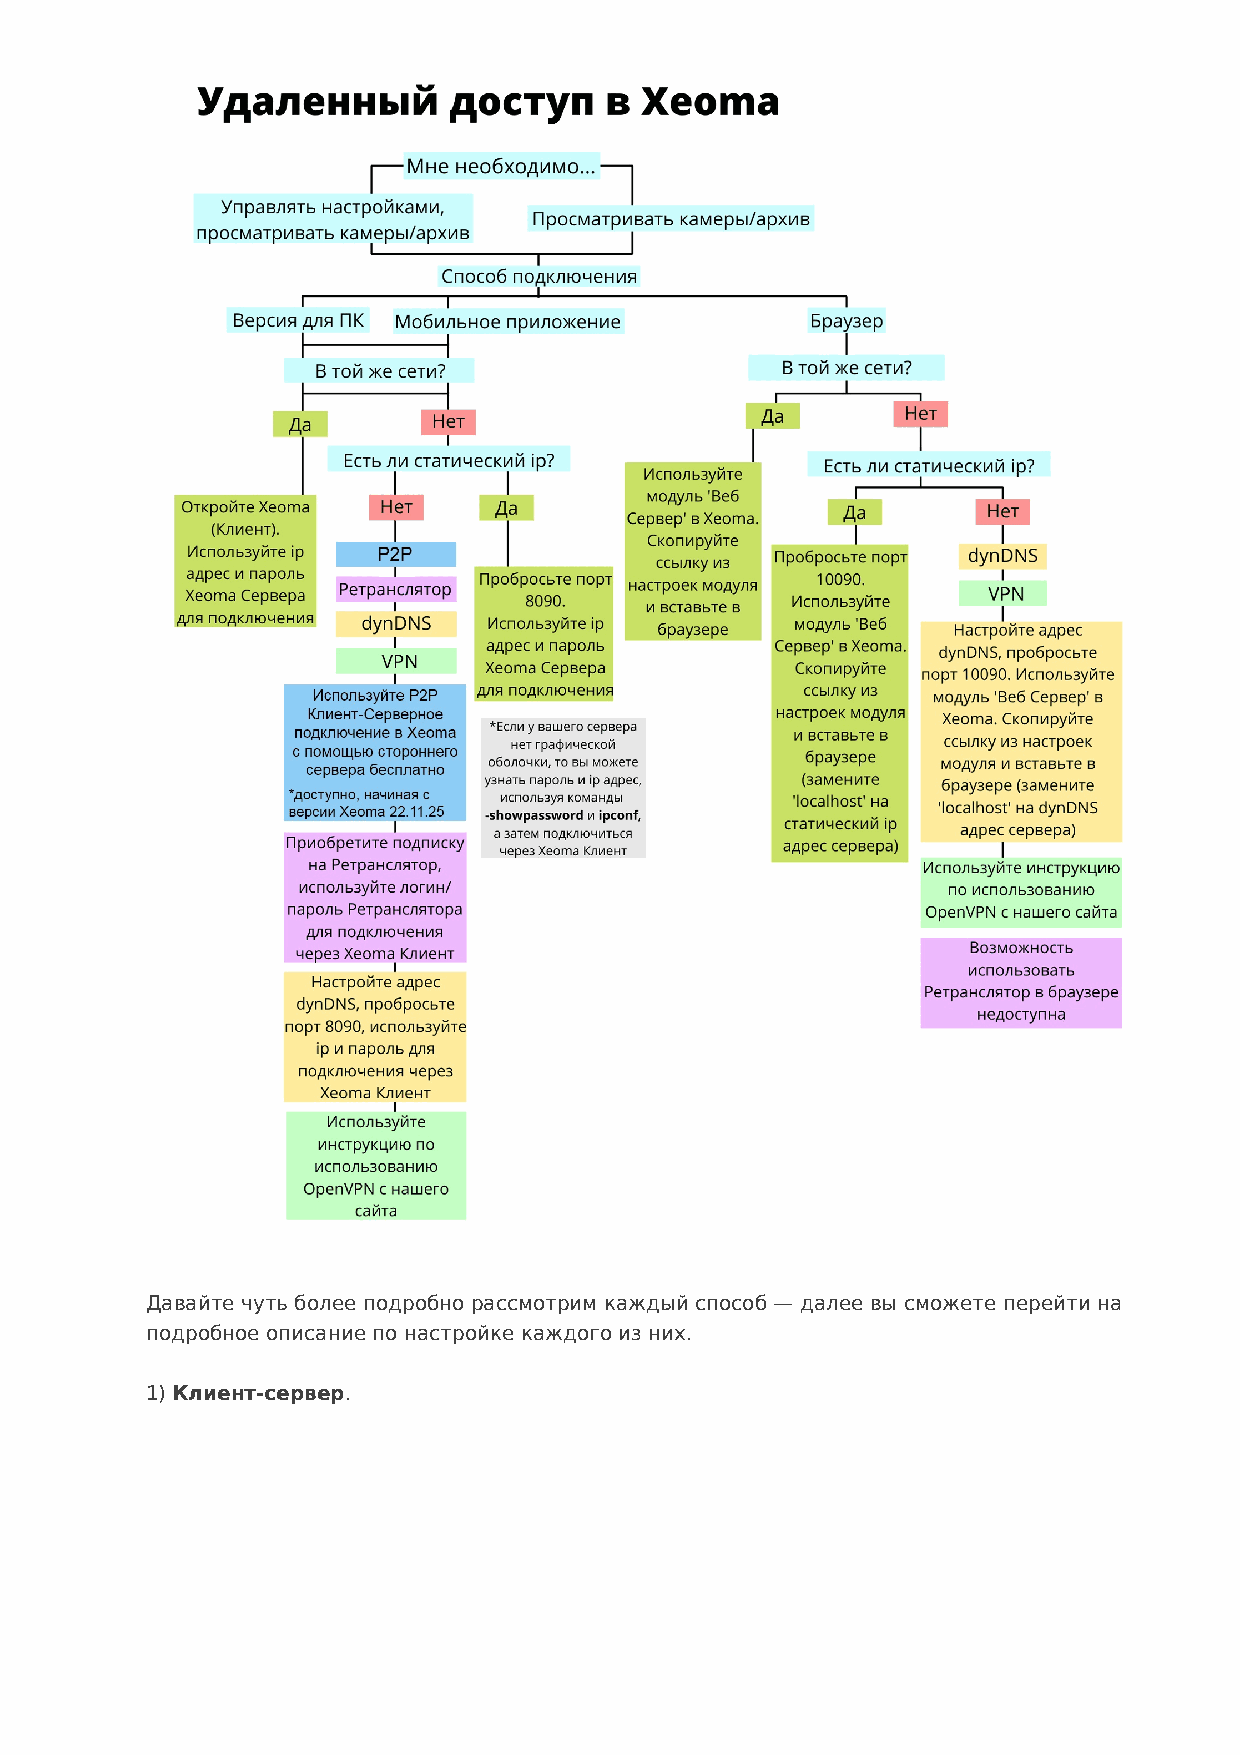
Давайте чуть более подробно рассмотрим каждый способ — далее вы сможете перейти на
 подробное описание по настройке каждого из них.
 1) Клиент-сервер.